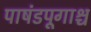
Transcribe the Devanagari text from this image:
पाषंडपूगाश्च